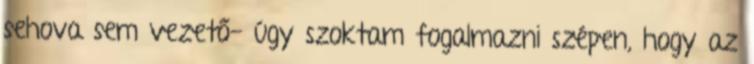
sehova sem vezető- úgy szoktam fogalmazni szépen, hogy az